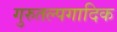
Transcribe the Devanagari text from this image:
गुरुतल्पगादिक